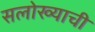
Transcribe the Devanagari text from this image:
सलोख्याची